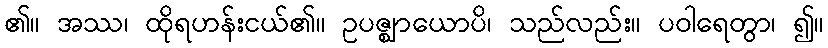
၏။ အဿ၊ ထိုရဟန်းငယ်၏။ ဥပဇ္ဈာယောပိ၊ သည်လည်း။ ပဝါရေတွာ၊ ၍။